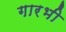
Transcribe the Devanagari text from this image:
गारभी